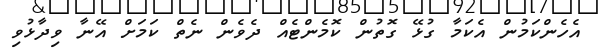
އެހެންކަމުން އެކަމާ ގުޅޭ ގޮތުން ކޮމެންޓެއް ދެވެން ނެތް ކަމަށް އޭނާ ވިދާޅުވި